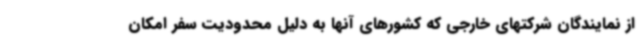
از نمایندگان شرکتهای خارجی که کشورهای آنها به دلیل محدودیت سفر امکان